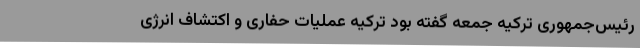
رئیس‌جمهوری ترکیه جمعه گفته بود ترکیه عملیات حفاری و اکتشاف انرژی